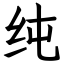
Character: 纯